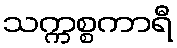
သက္ကစ္စကာရီ